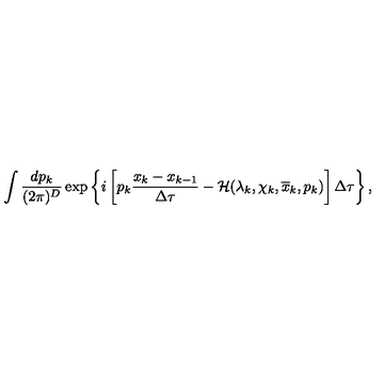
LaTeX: \int \frac { d p _ { k } } { ( 2 \pi ) ^ { D } } \exp \left\{ i \left[ p _ { k } \frac { x _ { k } - x _ { k - 1 } } { \Delta \tau } - { \cal H } ( \lambda _ { k } , \chi _ { k } , \overline { { x } } _ { k } , p _ { k } ) \right] \Delta \tau \right\} ,